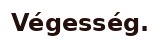
Végesség.